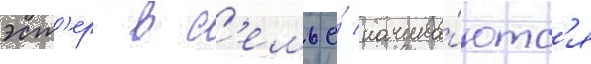
эст'ер в с'емье́ начина́ютс'я